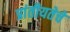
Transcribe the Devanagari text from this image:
प्रांतीयतेचे